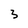
Character: 3